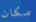
مكان